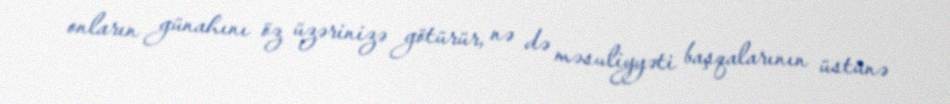
onların günahını öz üzərinizə götürür, nə də məsuliyyəti başqalarının üstünə